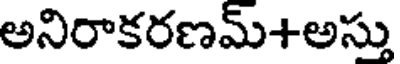
అనిరాకరణమ్+అస్తు